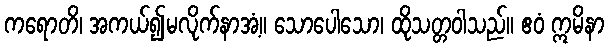
ကရောတိ၊ အကယ်၍မလိုက်နာအံ့။ သောပေါသော၊ ထိုသတ္တဝါသည်။ ဧဝံ ဣမိနာ